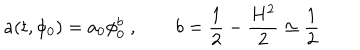
a ( t , \phi _ { 0 } ) = a _ { 0 } \phi _ { 0 } ^ { b } ~ , \qquad b = \frac { 1 } { 2 } - \frac { H ^ { 2 } } { 2 } \simeq \frac { 1 } { 2 }